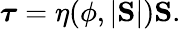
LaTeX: \boldsymbol{\tau}=\eta(\phi,|\mathrm{\mathbf S}|)\mathrm{\mathbf S}.